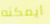
أيمكنه